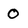
Character: 0